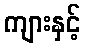
ကျားနှင့်